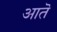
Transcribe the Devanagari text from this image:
आतॆ